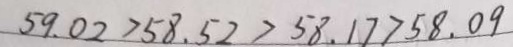
5 9 . 0 2 > 5 8 . 5 2 > 5 8 . 1 7 > 5 8 . 0 9